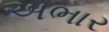
અભાર